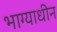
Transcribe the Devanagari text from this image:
भाग्याधीन